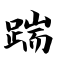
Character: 踹